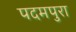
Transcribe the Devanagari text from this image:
पदमपुरा